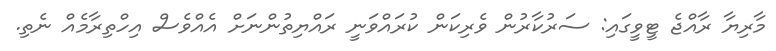
މާރިޔާ ރާއްޖެ ޓީވީގައި: ސަރުކާރުން ވެރިކަން ކުރައްވަނީ ރައްޔިތުންނަށް އެއްވެސް އިހްތިރާމެއް ނެތި.